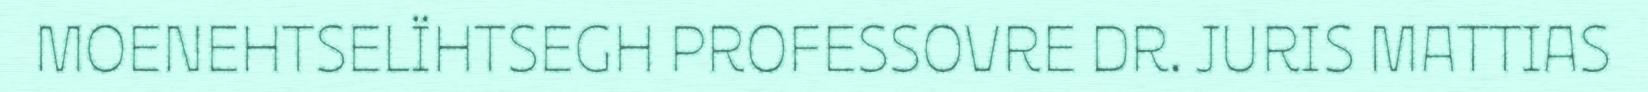
MOENEHTSELÏHTSEGH PROFESSOVRE DR. JURIS MATTIAS